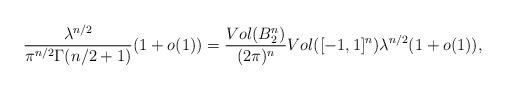
LaTeX: \begin{align*}\frac{\lambda^{n/2}}{\pi^{n/2} \Gamma(n/2+1)} (1+o(1)) = \frac{Vol(B_2^n)}{(2\pi)^n} Vol([-1,1]^n) \lambda^{n/2} (1+o(1)) ,\end{align*}